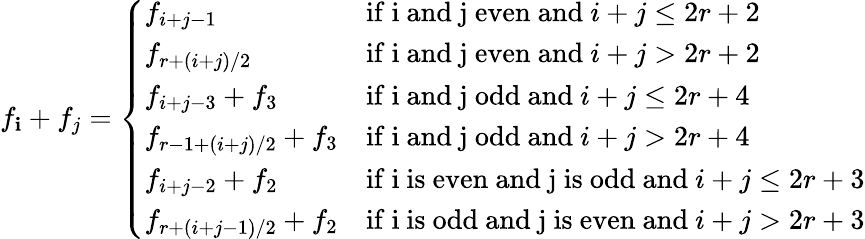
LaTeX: f_{\mathbf{i}}+f_{j}=\left\{ \begin{array}{ll}{f_{i+j-1}}&{\mathrm{if~i~and~j~even~and~}i+j\leq 2r+2}\\ {f_{r+(i+j)/2}}&{\mathrm{if~i~and~j~even~and~}i+j>2r+2}\\ {f_{i+j-3}+f_{3}}&{\mathrm{if~i~and~j~odd~and~}i+j\leq 2r+4}\\ {f_{r-1+(i+j)/2}+f_{3}}&{\mathrm{if~i~and~j~odd~and~}i+j>2r+4}\\ {f_{i+j-2}+f_{2}}&{\mathrm{if~i~is~even~and~j~is~odd~and~}i+j\leq 2r+3}\\ {f_{r+(i+j-1)/2}+f_{2}}&{\mathrm{if~i~is~odd~and~j~is~even~and~}i+j>2r+3}\end{array}\right.